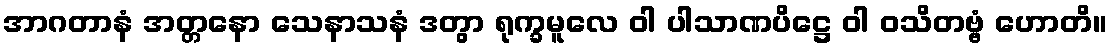
အာဂတာနံ အတ္တနော သေနာသနံ ဒတွာ ရုက္ခမူလေ ဝါ ပါသာဏပိဋ္ဌေ ဝါ ဝသိတဗ္ဗံ ဟောတိ။